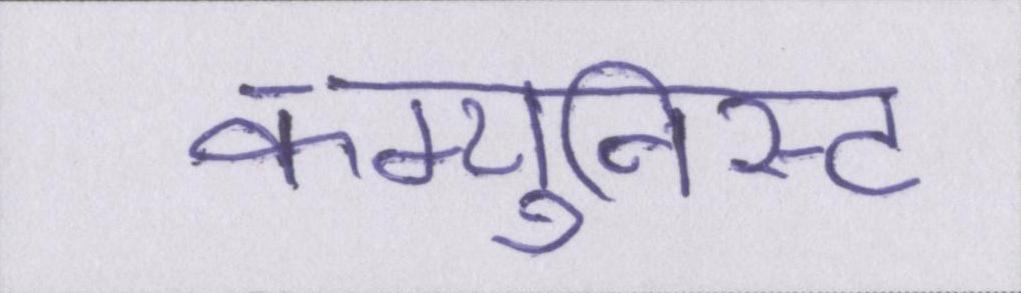
कम्युनिस्ट